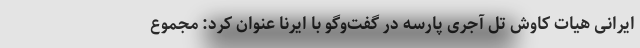
ایرانی هیات کاوش تل آجری پارسه در گفت‌وگو با ایرنا عنوان کرد: مجموع